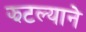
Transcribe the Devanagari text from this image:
झटल्याने